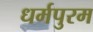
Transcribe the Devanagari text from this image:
धर्मपुरम